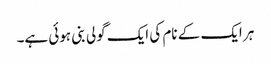
ہر ایک کے نام کی ایک گولی بنی ہوئی ہے۔